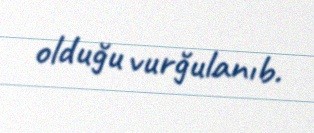
olduğu vurğulanıb.